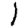
Digit: 1